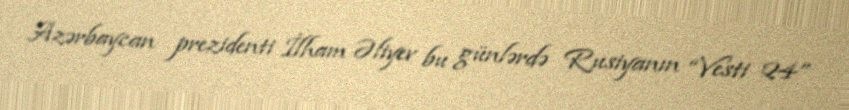
Azərbaycan prezidenti İlham Əliyev bu günlərdə Rusiyanın “Vesti 24”